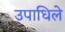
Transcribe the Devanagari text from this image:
उपाधिले